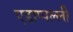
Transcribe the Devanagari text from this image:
एडाप्पल्ली